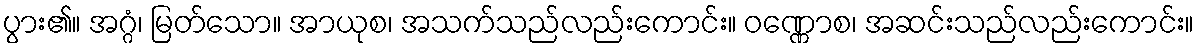
ပွား၏။ အဂ္ဂံ၊ မြတ်သော။ အာယုစ၊ အသက်သည်လည်းကောင်း။ ဝဏ္ဏောစ၊ အဆင်းသည်လည်းကောင်း။